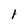
Character: l